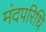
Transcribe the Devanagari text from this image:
मंदपरिधि